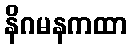
နိဂမနကထာ